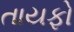
તાયફો